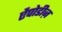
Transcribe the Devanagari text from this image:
ऐंपोडीज़